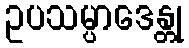
ဥပသမ္ပာဒေန္တု